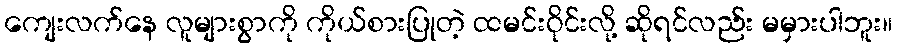
ကျေးလက်နေ လူများစွာကို ကိုယ်စားပြုတဲ့ ထမင်းဝိုင်းလို့ ဆိုရင်လည်း မမှားပါဘူး။